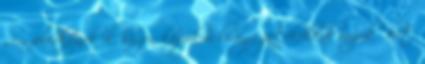
sem feledkeznek el, hiszen középkori lovagi játékokkal várják őket,